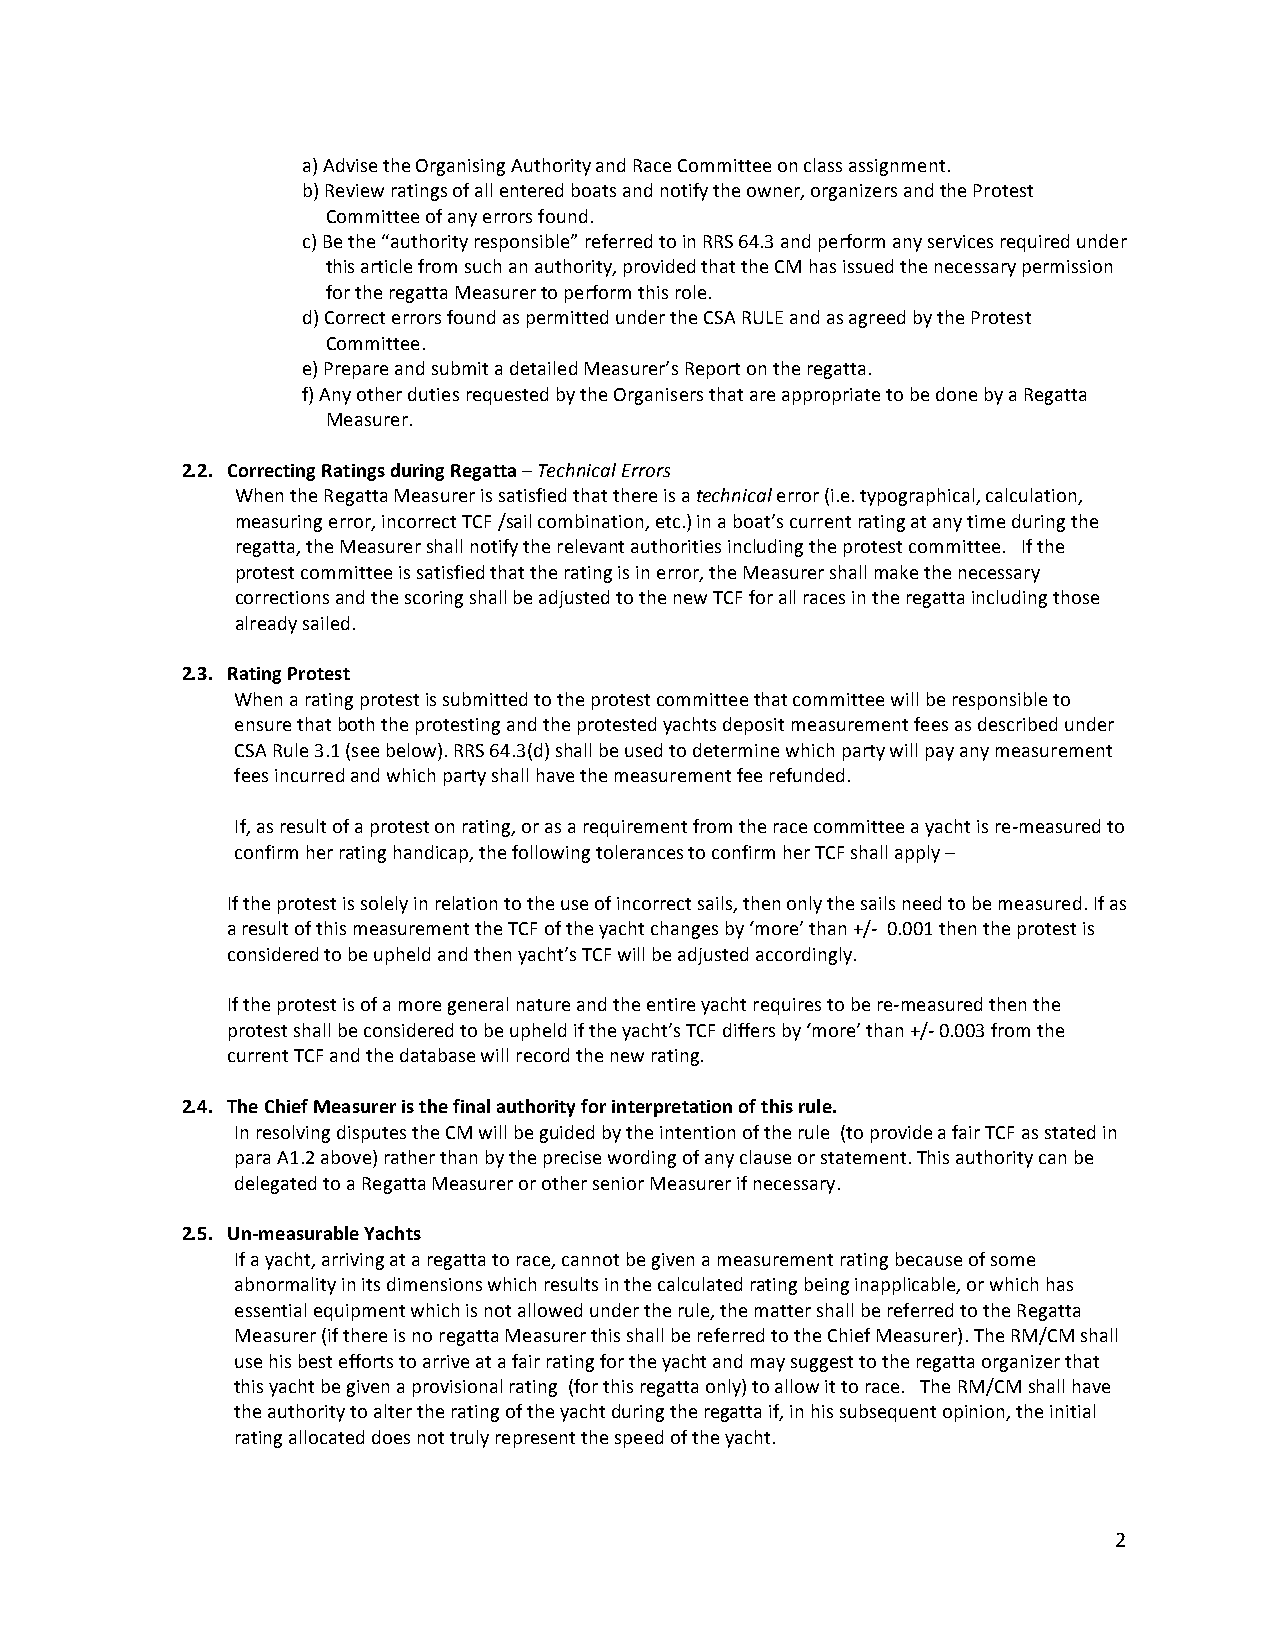
a) Advise the Organising Authority and Race Committee on class assignment.
 b) Review ratings of all entered boats and notify the owner, organizers and the Protest
 Committee of any errors found.
 c) Be the “authority responsible” referred to in RRS 64.3 and perform any services required under
 this article from such an authority, provided that the CM has issued the necessary permission
 for the regatta Measurer to perform this role.
 d) Correct errors found as permitted under the CSA RULE and as agreed by the Protest
 Committee.
 e) Prepare and submit a detailed Measurer’s Report on the regatta.
 f) Any other duties requested by the Organisers that are appropriate to be done by a Regatta
 Measurer.
 2.2. Correcting Ratings during Regatta – Technical Errors
 When the Regatta Measurer is satisfied that there is a technical error (i.e. typographical, calculation,
 measuring error, incorrect TCF /sail combination, etc.) in a boat’s current rating at any time during the
 regatta, the Measurer shall notify the relevant authorities including the protest committee. If the
 protest committee is satisfied that the rating is in error, the Measurer shall make the necessary
 corrections and the scoring shall be adjusted to the new TCF for all races in the regatta including those
 already sailed.
 2.3. Rating Protest
 When a rating protest is submitted to the protest committee that committee will be responsible to
 ensure that both the protesting and the protested yachts deposit measurement fees as described under
 CSA Rule 3.1 (see below). RRS 64.3(d) shall be used to determine which party will pay any measurement
 fees incurred and which party shall have the measurement fee refunded.
 If, as result of a protest on rating, or as a requirement from the race committee a yacht is re-­‐measured to
 confirm her rating handicap, the following tolerances to confirm her TCF shall apply –
 If the protest is solely in relation to the use of incorrect sails, then only the sails need to be measured. If as
 a result of this measurement the TCF of the yacht changes by ‘more’ than +/-­‐ 0.001 then the protest is
 considered to be upheld and then yacht’s TCF will be adjusted accordingly.
 If the protest is of a more general nature and the entire yacht requires to be re-­‐measured then the
 protest shall be considered to be upheld if the yacht’s TCF differs by ‘more’ than +/-­‐ 0.003 from the
 current TCF and the database will record the new rating.
 2.4. The Chief Measurer is the final authority for interpretation of this rule.
 In resolving disputes the CM will be guided by the intention of the rule (to provide a fair TCF as stated in
 para A1.2 above) rather than by the precise wording of any clause or statement. This authority can be
 delegated to a Regatta Measurer or other senior Measurer if necessary.
 2.5. Un-­‐measurable Yachts
 If a yacht, arriving at a regatta to race, cannot be given a measurement rating because of some
 abnormality in its dimensions which results in the calculated rating being inapplicable, or which has
 essential equipment which is not allowed under the rule, the matter shall be referred to the Regatta
 Measurer (if there is no regatta Measurer this shall be referred to the Chief Measurer). The RM/CM shall
 use his best efforts to arrive at a fair rating for the yacht and may suggest to the regatta organizer that
 this yacht be given a provisional rating (for this regatta only) to allow it to race. The RM/CM shall have
 the authority to alter the rating of the yacht during the regatta if, in his subsequent opinion, the initial
 rating allocated does not truly represent the speed of the yacht.
 2